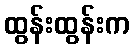
ထွန်းထွန်းက